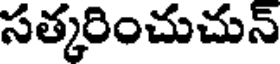
సత్కరించుచున్